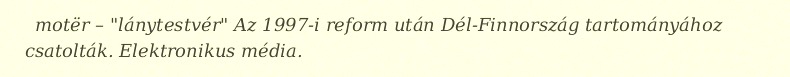
motër – "lánytestvér" Az 1997-i reform után Dél-Finnország tartományához csatolták. Elektronikus média.